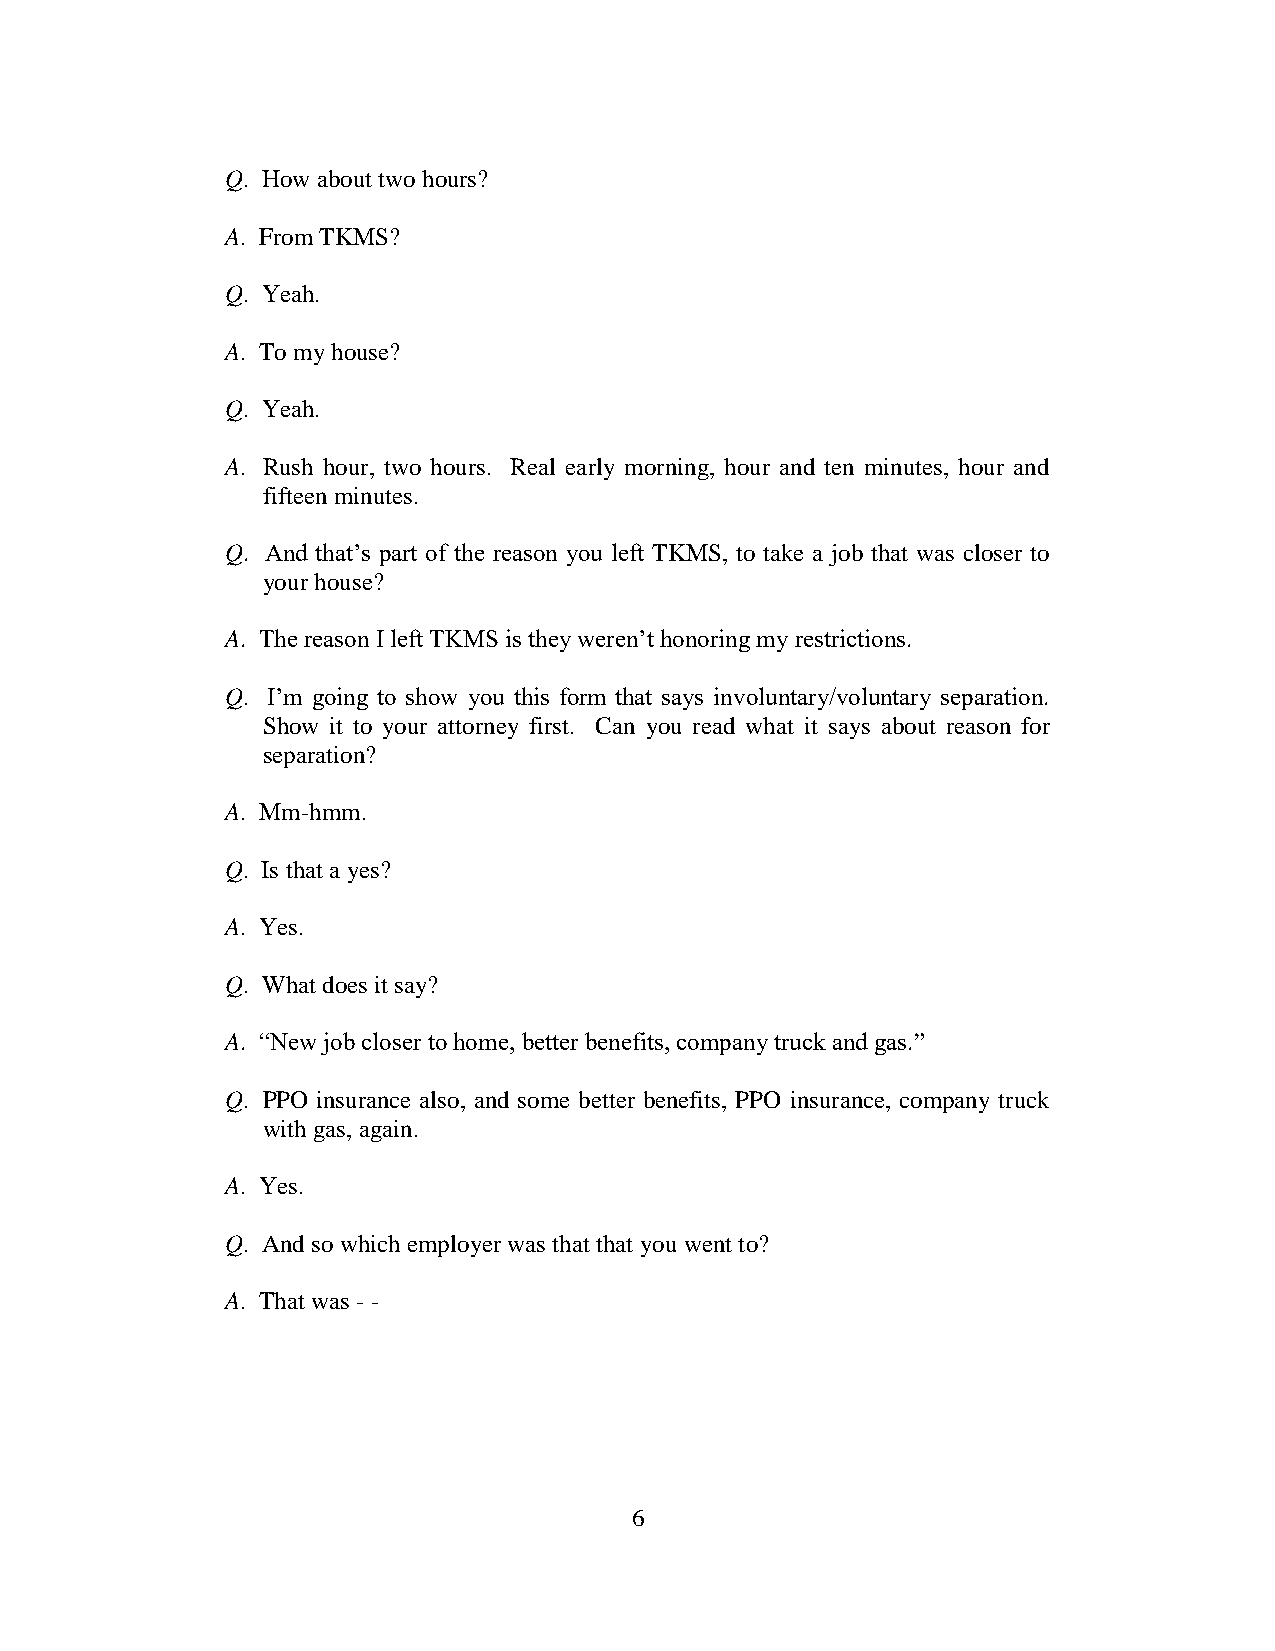
Q. How about two hours?
 A. From TKMS?
 Q. Yeah.
 A. To my house?
 Q. Yeah.
 A. Rush hour, two hours. Real early morning, hour and ten minutes, hour and
 fifteen minutes.
 Q. And that’s part of the reason you left TKMS, to take a job that was closer to
 your house?
 A. The reason I left TKMS is they weren’t honoring my restrictions.
 Q. I’m going to show you this form that says involuntary/voluntary separation.
 Show it to your attorney first. Can you read what it says about reason for
 separation?
 A. Mm-hmm.
 Q. Is that a yes?
 A. Yes.
 Q. What does it say?
 A. “New job closer to home, better benefits, company truck and gas.”
 Q. PPO insurance also, and some better benefits, PPO insurance, company truck
 with gas, again.
 A. Yes.
 Q. And so which employer was that that you went to?
 A. That was - -
 6